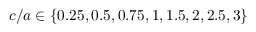
c / a \in \{ 0 . 2 5 , 0 . 5 , 0 . 7 5 , 1 , 1 . 5 , 2 , 2 . 5 , 3 \}